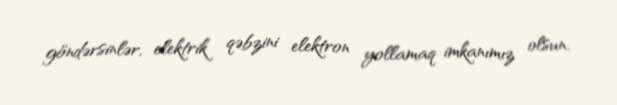
göndərsinlər, elektrik qəbzini elektron yollamaq imkanımız olsun.